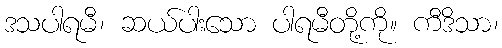
ဒသပါရမီ၊ ဆယ်ပါးသော ပါရမီတို့ကို။ ကီဒိသာ၊